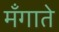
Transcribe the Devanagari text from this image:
मँगाते